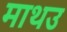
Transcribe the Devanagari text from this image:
माथउ